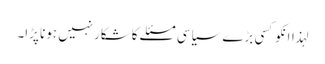
لہذاانکوکسی بڑے سیاسی مسئلے کاشکارنہیں ہونا پڑا۔